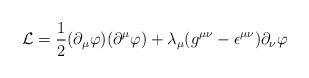
LaTeX: \begin{align*}{\cal L} =\frac{1}{2} (\partial_\mu \varphi) (\partial^\mu\varphi)+\lambda_\mu (g^{\mu \nu}-\epsilon^{\mu \nu})\partial_\nu \varphi\end{align*}